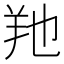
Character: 𦍔